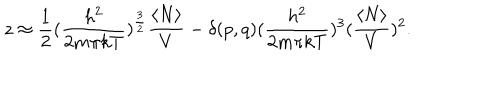
LaTeX: z \approx { \frac { 1 } { 2 } } ( { \frac { h ^ { 2 } } { 2 m \pi k T } } ) ^ { \frac { 3 } { 2 } } { \frac { \langle N \rangle } { V } } - \delta ( p , q ) ( { \frac { h ^ { 2 } } { 2 m \pi k T } } ) ^ { 3 } ( { \frac { \langle N \rangle } { V } } ) ^ { 2 } .